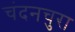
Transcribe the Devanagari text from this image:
चंदनचुरा